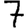
Digit: 7